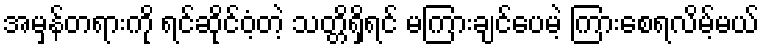
အမှန်တရားကို ရင်ဆိုင်ဝံ့တဲ့ သတ္တိရှိရင် မကြားချင်ပေမဲ့ ကြားစေရလိမ့်မယ်